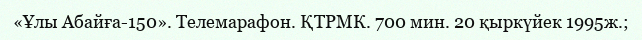
«Ұлы Абайға-150». Телемарафон. ҚТРМК. 700 мин. 20 қыркүйек 1995ж.;